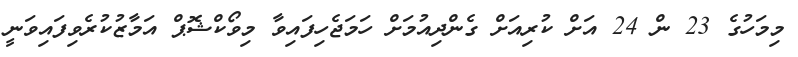
މިމަހުގެ 23 ން 24 އަށް ކުރިއަށް ގެންދިއުމަށް ހަމަޖެހިފައިވާ މިވޯކްޝޮޕް އަމާޒުކުރެވިފައިވަނީ